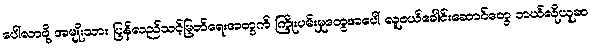
ပေါ်လာဖို့ အမျိုးသား ပြန်လည်သင့်မြတ်ရေးအတွက် ကြိုးပမ်းမှုတွေအပေါ် လူငယ်ခေါင်းဆောင်တွေ ဘယ်လိုယူဆ